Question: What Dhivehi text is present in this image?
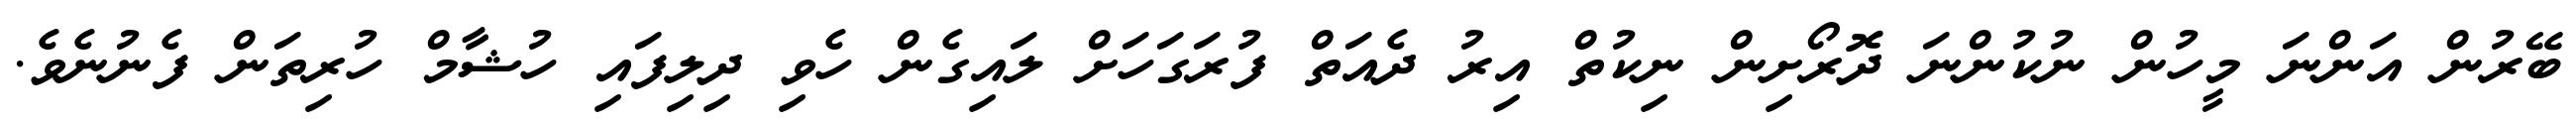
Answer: ބޭރުން އަންނަ މީހުން ނުކުންނަ ދޮރޯށިން ނިކުތް އިރު ދެއަތް ފުރަގަހަށް ލައިގެން ހެވި ދިލިފައި ހުޝާމް ހުރިތަން ފެނުނެވެ.